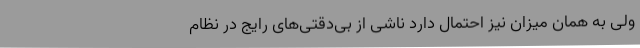
ولی به همان میزان نیز احتمال دارد ناشی از بی‌دقتی‌های رایج در نظام